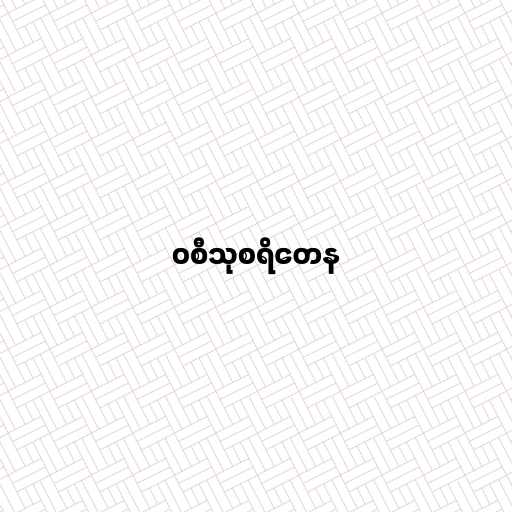
ဝစီသုစရိတေန